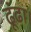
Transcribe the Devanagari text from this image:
ढूंढ़ा।